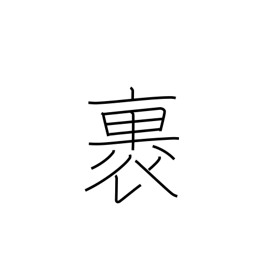
Meaning: wrap